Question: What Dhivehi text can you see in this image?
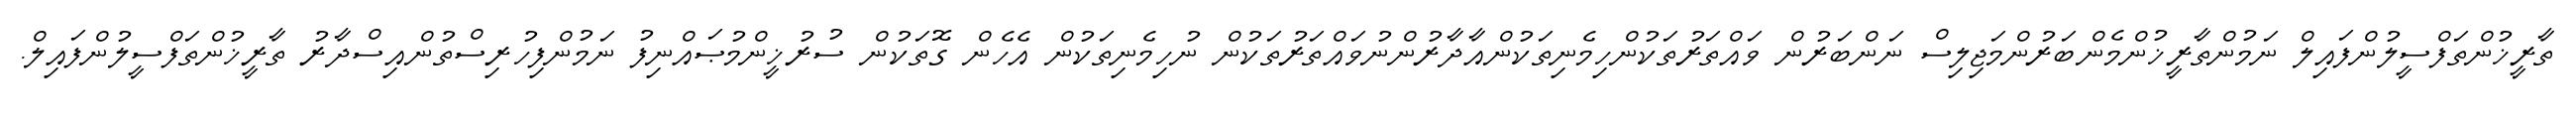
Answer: ތާރީޚުންތަފްސީލުންފައިލް ނަމުންތާރީޚުންމެންބަރުންމަޖިލިސް ނަންބަރުން ވައްތަރުތަކުންހިމެނިތަކުންއާދާރުންނުވައްތަރުތަކުން ނުހިމެނިތަކުން އެހެން ގޮތަކުން ސުރުޚީންމުޞައްނިފު ނަމުންފިހުރިސްތުންއިސްދާރު ތާރީޚުންތަފްސީލުންފައިލް.